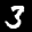
Label: 3